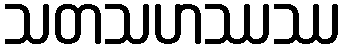
သတသဟဿဿ